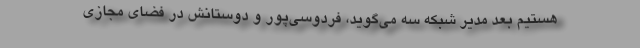
هستیم بعد مدیر شبکه سه می‌گوید، فردوسی‌پور و دوستانش در فضای مجازی